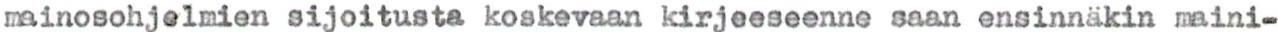
mainosohjelmien sijoitusta koskevaan kirjeeseenne saan ensinnäkin maini-